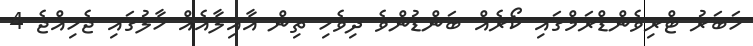
ޚަބަރު ޓްރިވެންޑްރަމްގައި ކޯރެއް ބަންޑުންވެ ދިވެހި ތިން އާއިލާއެއް ހާލުގައި ޖެހިއްޖެ 4